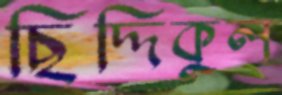
ছিদ্দিকুল